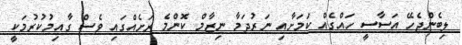
ލިބެންޖެހޭ އަސާސީ ހައްގެއް ކަމަށާއި ނަރުދަމާ ނިޒާމް ކޮންމެ ރަށެއްގައި ވެސް ގާއިމުކުރުމަކީ